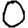
Digit: 0